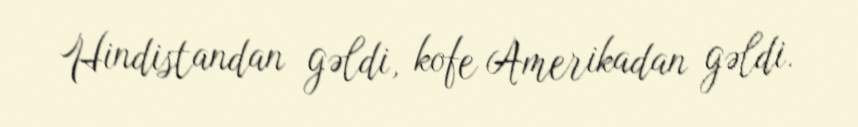
Hindistandan gəldi, kofe Amerikadan gəldi.